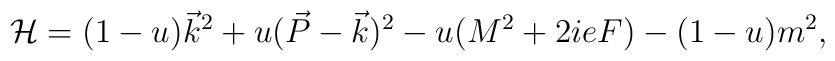
{\cal H} = (1 - u) \vec{k}^2 + u ( \vec{P} - \vec{k})^2 - u (M^2 + 2ieF) -        (1 - u )m ^2,